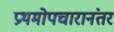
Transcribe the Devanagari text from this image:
प्रथमोपचारानंतर